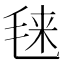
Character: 𰚙